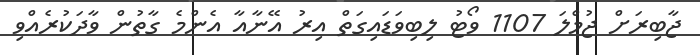
ޖާބިރަށް ޖުމްލަ 1107 ވޯޓު ލިބިވަޑައިގަތް އިރު އޭނާއާ އެންމެ ގާތުން ވާދަކުރެއްވި